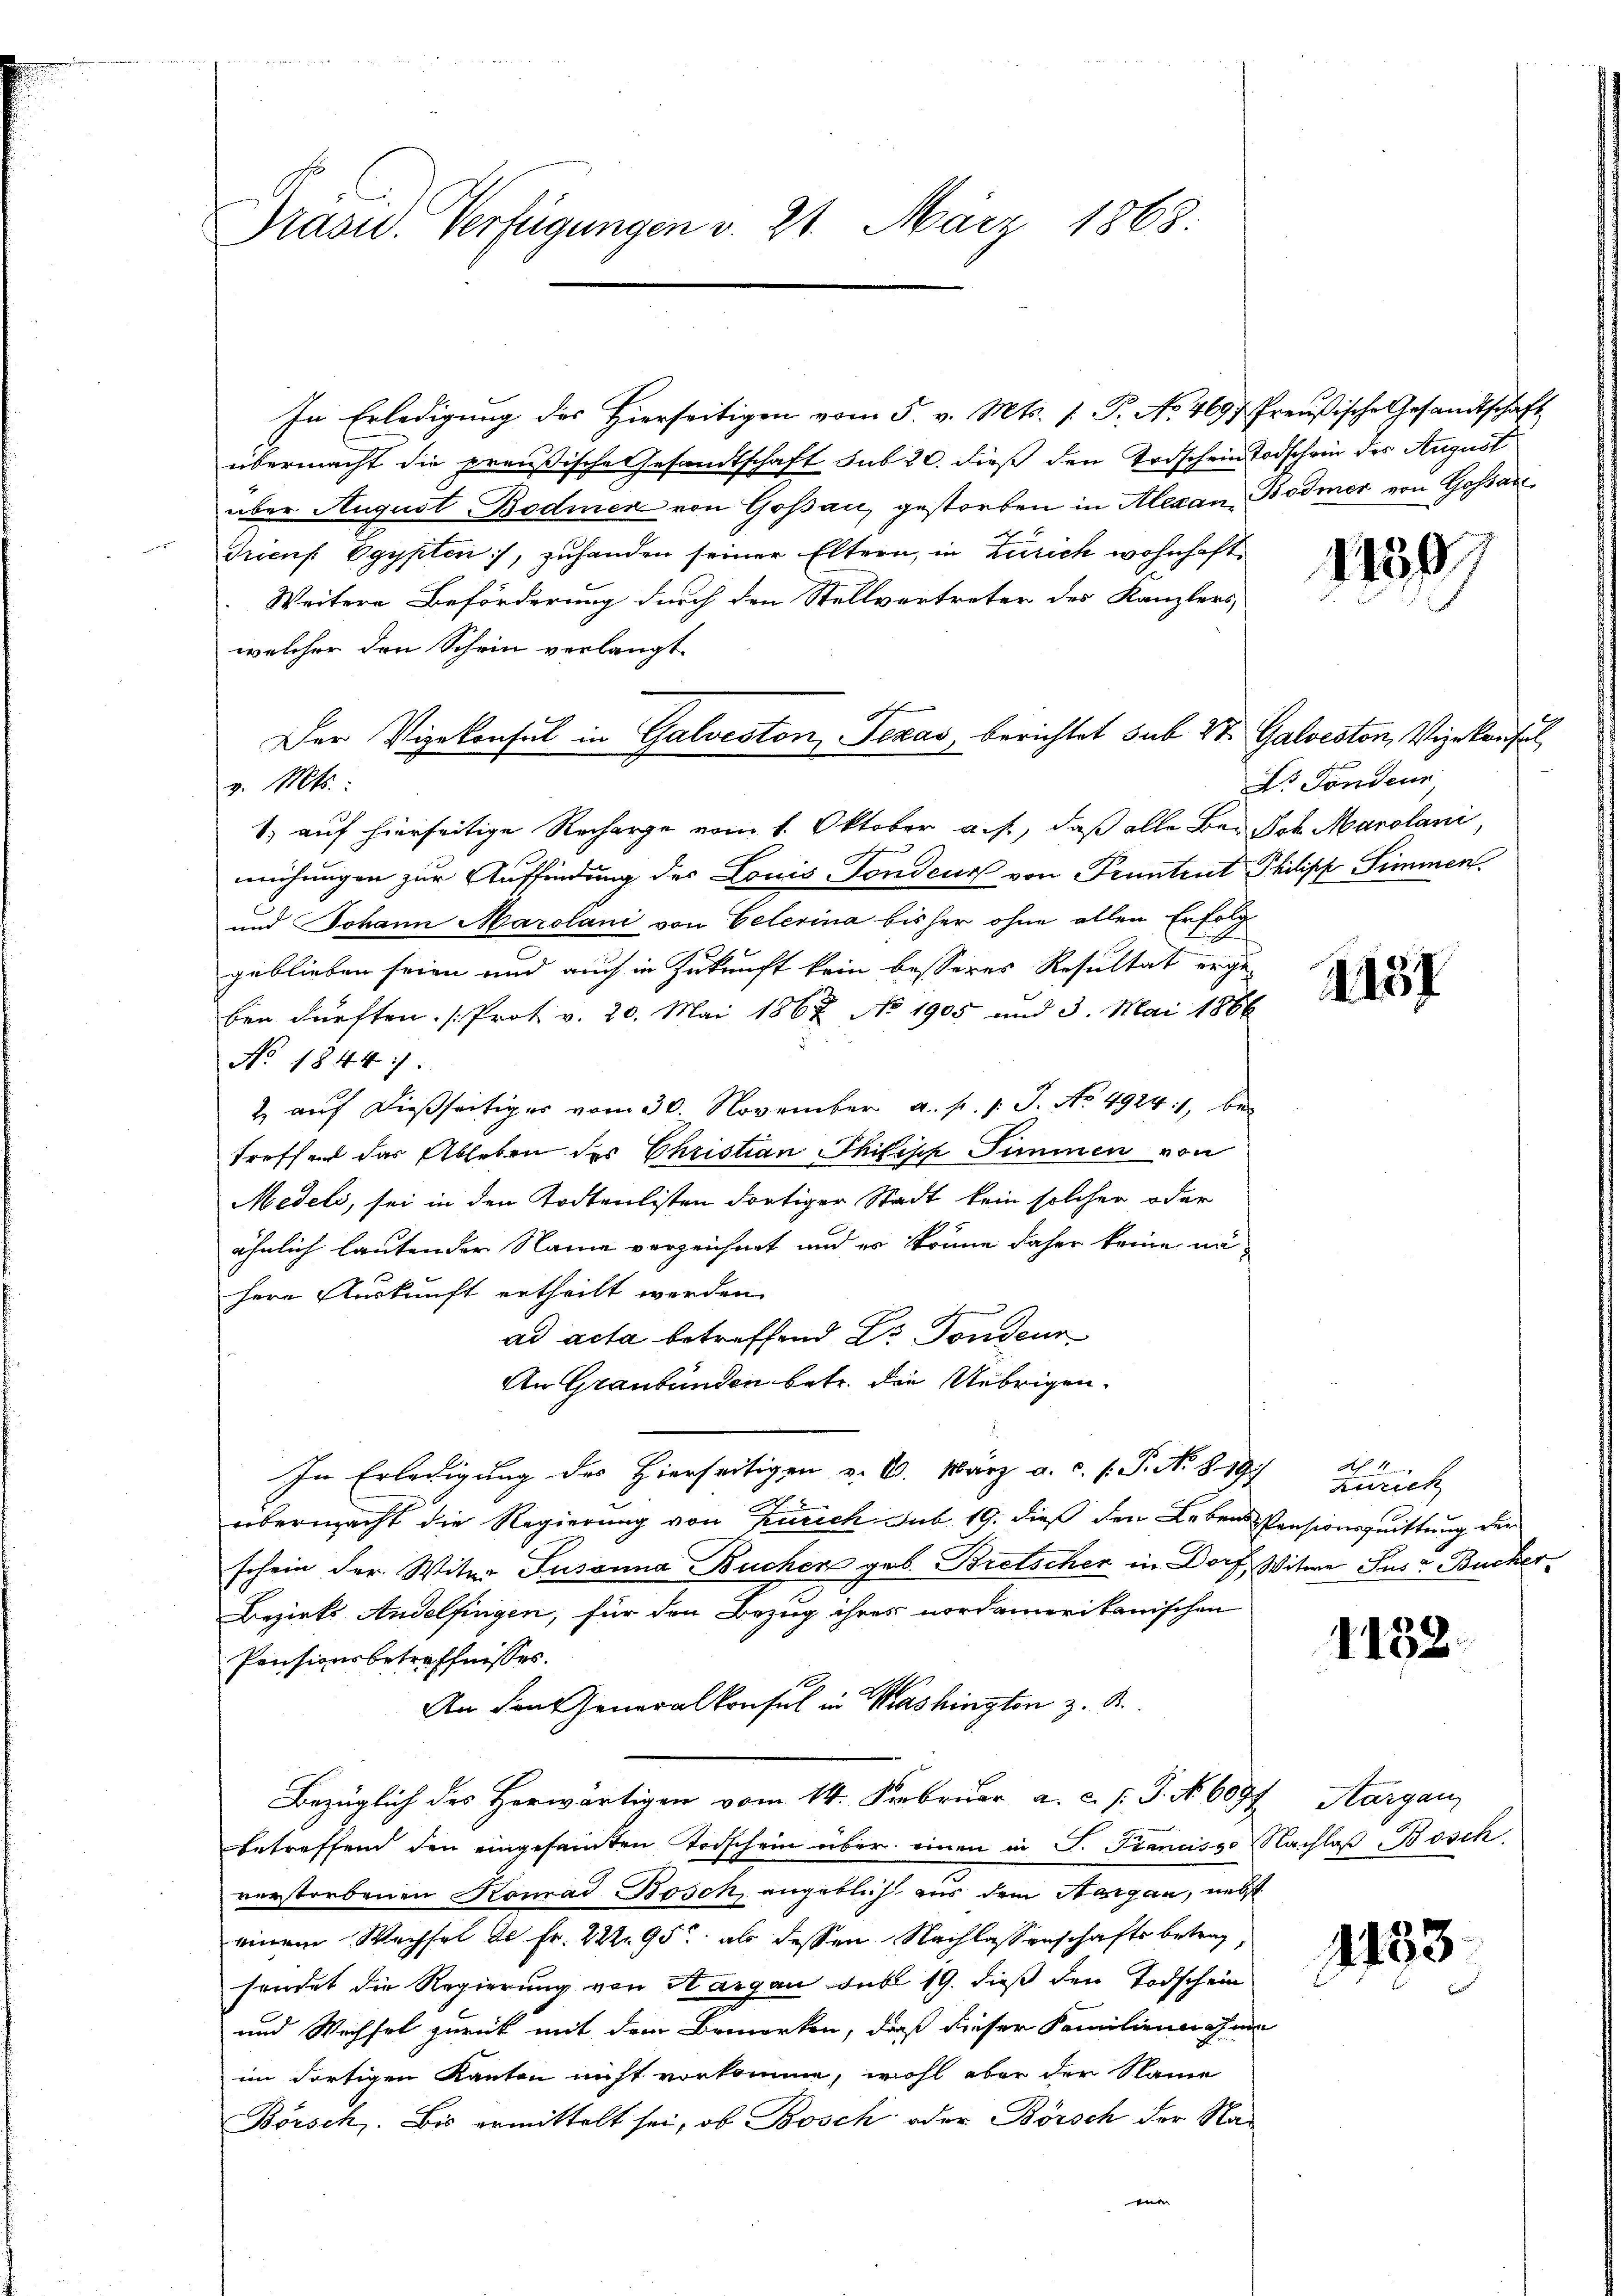
Präsid. Verfügungen v. 21. März 1863.

In Erledigung des Hierseitigen vom 5. v. Mts. f. P. No. 4697. Preußische Gesandtschaft
übermacht die preußische Gesandtschaft sub 20. dieß den Todschein Todschein des August
über August Bodmer von Goßau, gestorben in Alexan Bodmer von Gossari
Trienf Egypten, zuhanden seiner Eltern, in Zürich wohnhaft
Weitere Beförderung durch den Stellvertreter des Kanzlers,
welcher den Schein verlangt.
v. Mts.:
1) auf hierseitige Recharge vom 1. Oktober a. f., daß alle Bei Sch. Marolani,
mühungen zur Auffindung des Louis Fondeur von Pruntrut Philipp Simmen.
und Johann Marsland von Peterina bisher ohne allen Erfolggeblieben seien und auch in Zukunft kein besseres Resultat erge-
ben dürften. (Prot v. 20. Mai 1867 No 1905 und 3. Mai 1866
No. 18447.
2 aŭf dießseitiges vom 30. November a. p. 1. J. No. 49241, bei
treffend das Ableben des Christian Philisch Simmen von
Medels, sei in den Todtenlisten dortiger Stadt kein solcher oder
ähnlich lautender Name verzeichnet und es könne daher keine nähere Auskunft ertheilt werden.
ad acta betreffend Dr. Fondeur
An Graubünden betr. die Uebrigen.
In Erledigung des Hierseitigen u. 6. März a. c. s. S. No. 819.
übermacht die Regierung von Zürich sub 19. dieß den Lebens Pensionsquittung der
schein der Witer Susanna Bucher geb. Bretscher in Dorf, Witwe Jus Bucher-
Bezirks Andelfingen, für den Bezug ihres nordamerikanischen
Pensionsbetreffnisses.
An den eneralkonsul in Washington z. R.
Bezüglich des Herwärtigen vom 14. Februar a. c. p. P. No 6097 Aargau,
betreffend den eingesamten Todschein über einen in P. Francisco Nachlaß Bosch
verstorbenen Komad Bösch, angeblich aus dem Margau, nebst
einem Wechsel de Fr. 22295, als dessen Nachlassenschafts betrag
sendet die Regierung von Hargau sub 19. dieß den Todschein
und Wechsel zurück mit dem Bemerken, daß dieser Familiennahm
im dortigen Kanton nicht vorkomme, wohl aber der Name
Börsch. Bis ermittelt sei, ob Bosch oder Börsch der Naeier

Der Vizekonsul in Galveston Texas, berichtet sub 27. Galveston, Vizekonsul

1130

D. Fondene

1157

A 1
zurich

1152.

1433